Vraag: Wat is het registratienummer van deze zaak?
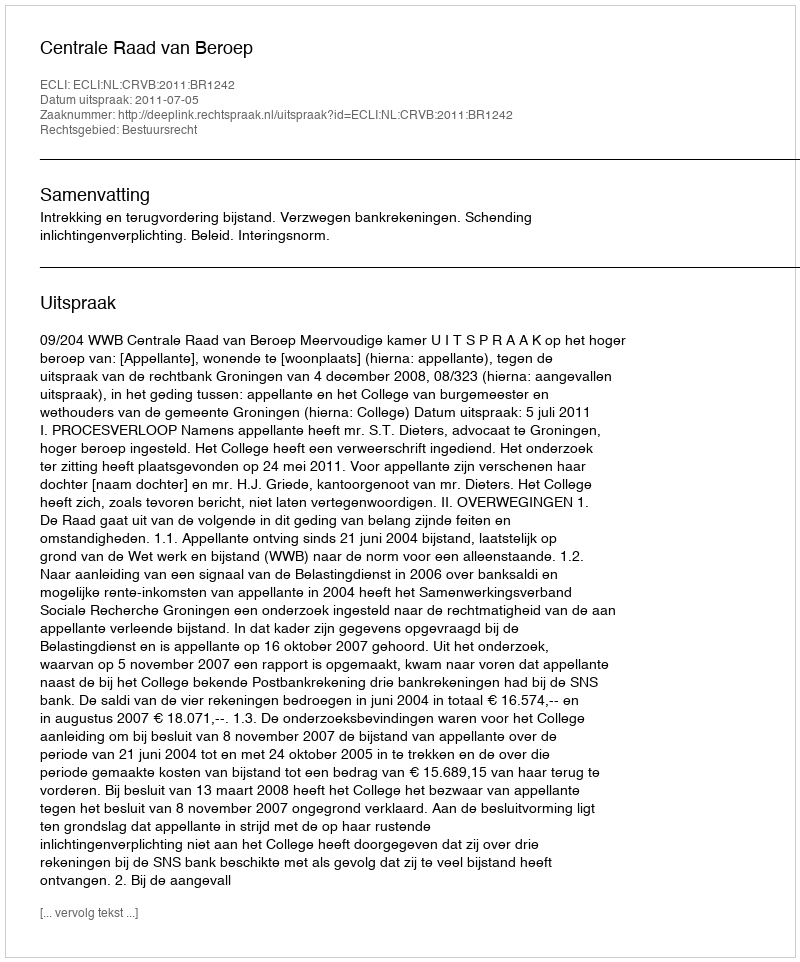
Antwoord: http://deeplink.rechtspraak.nl/uitspraak?id=ECLI:NL:CRVB:2011:BR1242